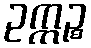
ဥက္ကဉ္စ